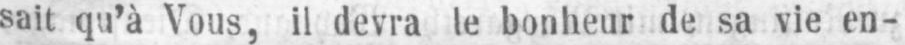
sait qu’à Vous, il devra le bonheur de sa vie en-